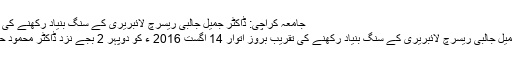
جامعہ کراچی: ڈاکٹر جمیل جالبی ریسرچ لائبریری کے سنگ بنیاد رکھنے کی تقریب 14 اگست کو ہوگی
جامعہ کراچی میں ڈاکٹر جمیل جالبی ریسرچ لائبریری کے سنگ بنیاد رکھنے کی تقریب بروز اتوار 14 اگست 2016 ء کو دوپہر 2 بجے نزد ڈاکٹر محمود حسین لائبریری منعقد ہوگی۔